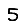
Digit: 5